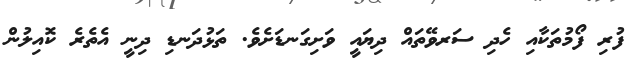
ފުރި ފޯމުތަކާއި ހެދި ސަރވޭތައް ދިޔައީ ވަށިގަނޑަށެވެ. ތަޅުދަނޑި ދިނީ އެތެރެ ކޮއިލުން